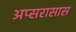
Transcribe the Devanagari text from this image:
अप्सरासास